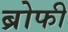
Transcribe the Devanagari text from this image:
ब्रोफी